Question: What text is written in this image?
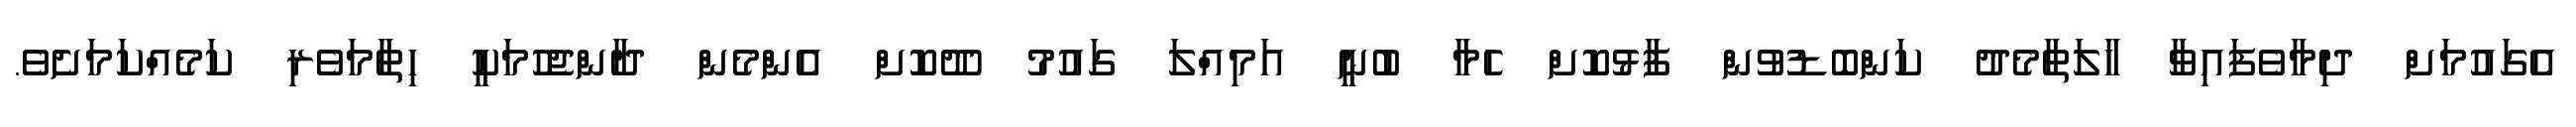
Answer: އެގައުމަށް ދިމާވެފައިވާ ހާލަތާމެދު ކަންބޮޑުވުން ފާޅުކޮށް ހެމާ ބުނީ އަމިއްލަ ގައުމު ދޫކޮށް އެންމެން ދާންޖެހުމަކީ ހިތާމަވެރި ކަމެއްކަމަށެވެ.